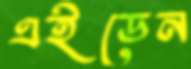
এইডেন